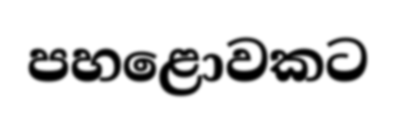
පහළොවකට